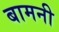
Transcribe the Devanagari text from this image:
बामनी